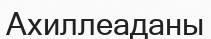
Ахиллеаданы